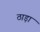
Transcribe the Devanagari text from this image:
ठाड़ा